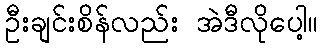
ဦးချင်းစိန်လည်း အဲဒီလိုပေါ့။